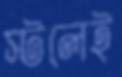
স্টলেই